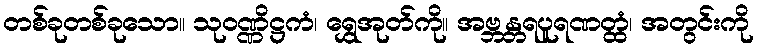
တစ်ခုတစ်ခုသော။ သုဝဏ္ဏိဋ္ဌကံ၊ ရွှေအုတ်ကို။ အဗ္ဘန္တရပူရဏတ္ထံ၊ အတွင်းကို